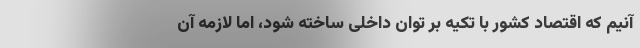
آنیم که اقتصاد کشور با تکیه بر توان داخلی ساخته شود، اما لازمه آن